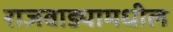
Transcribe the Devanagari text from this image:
राजवाड्यामधील